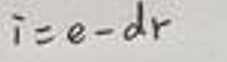
\[
i = e - dr
\]